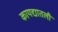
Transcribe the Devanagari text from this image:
कायद्यातली